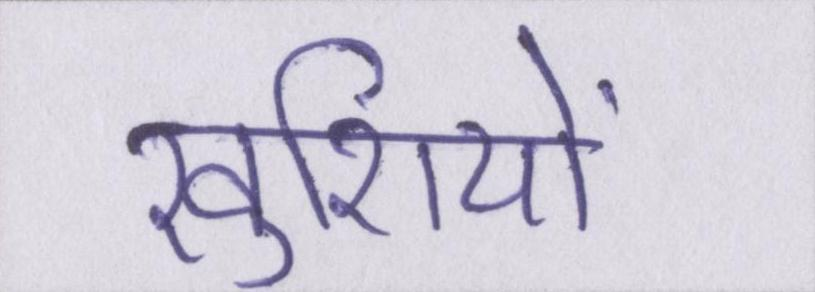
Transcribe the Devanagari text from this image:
खुशियों